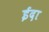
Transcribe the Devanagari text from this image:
ईदा